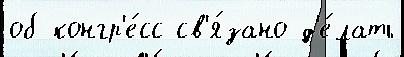
об конгр'е́сс св'я́зано д'е́лать